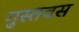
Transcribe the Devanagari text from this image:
गुस्तवस